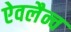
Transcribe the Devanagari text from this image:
ऐवलैन्च